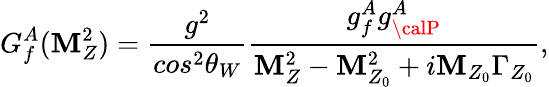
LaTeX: G_{f}^{A}(\mathbf{M}_{Z}^{2})=\frac{{g^{2}}}{{cos^{2}\theta_{W}}}\frac{{g_{f}^{A}g_{\calP}^{A}}}{{\mathbf{M}_{Z}^{2}-\mathbf{M}_{Z_{0}}^{2}+i\mathbf{M}_{Z_{0}}\Gamma_{Z_{0}}}},